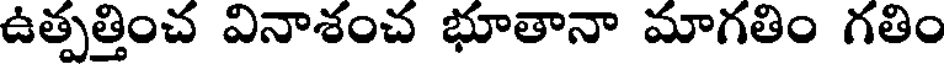
ఉత్పత్తించ వినాశంచ భూతానా మాగతిం గతిం